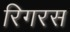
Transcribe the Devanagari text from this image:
रिगरस